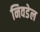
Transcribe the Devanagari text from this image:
निवडेल